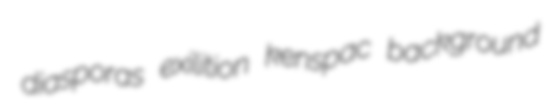
diasporas exilition kenspac background